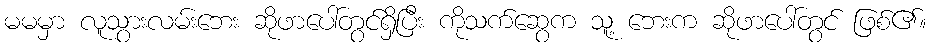
မမမှာ လူသွားလမ်းဘေး ဆိုဖာပေါ်တွင်ရှိပြီး ကိုသက်ဆွေက သူ့ ဘေးက ဆိုဖာပေါ်တွင် ဖြစ်၏။